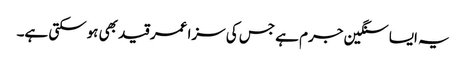
یہ ایسا سنگین جرم ہے جس کی سزا عمر قید بھی ہوسکتی ہے۔